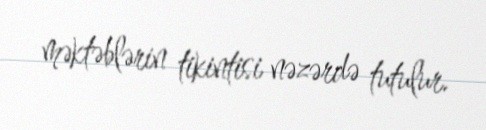
məktəblərin tikintisi nəzərdə tutulur.